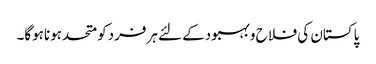
پاکستان کی فلا ح وبہبودکے لئے ہرفردکومتحدہوناہوگا۔